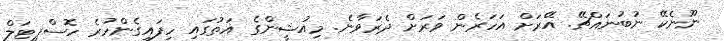
ނޫނެކޭ ނުބުނައްޗޭ. އޭރަށް އަހަރެން ވަރަށް ދެރަވާނެ. މިއުޝީންގެ އަތުގައި ހިފައިގެންހުރެ ހޮސްޕިޓަލް